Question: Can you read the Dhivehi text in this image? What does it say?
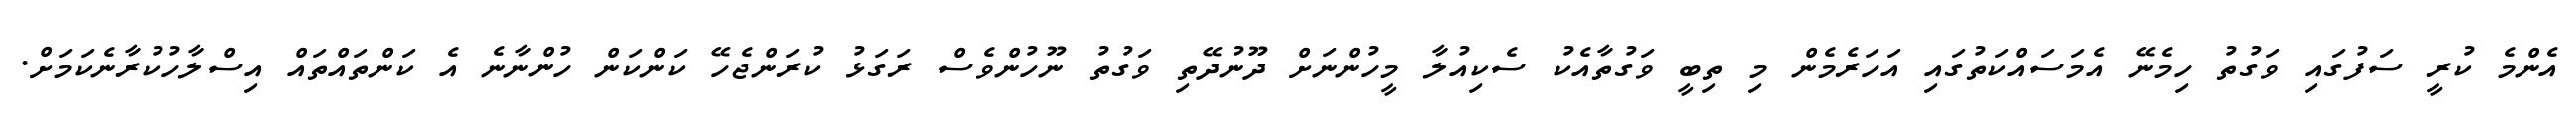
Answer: އެންމެ ކުރީ ސަފުގައި ވަގުތު ހިމެނޭ އެމަސައްކަތުގައި އަހަރެމެން މި ތިބީ ވަގުތާއެކު ސެކިއުލާ މީހުންނަށް ދޫނުދޭތި ވަގުތު ނޫހުންވެސް ރަގަޅު ކުރަންޖެހޭ ކަންކަން ހުންނާނެ އެ ކަންތައްތައް އިސްލާހުކުރާނެކަމަށް.